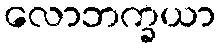
လောဘက္ခယာ